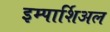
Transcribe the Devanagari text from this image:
इम्पार्शिअल